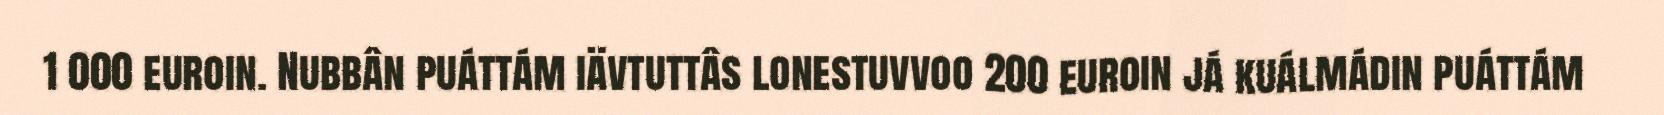
1 000 euroin. Nubbân puáttám iävtuttâs lonestuvvoo 200 euroin já kuálmádin puáttám